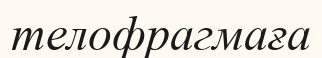
телофрагмаға